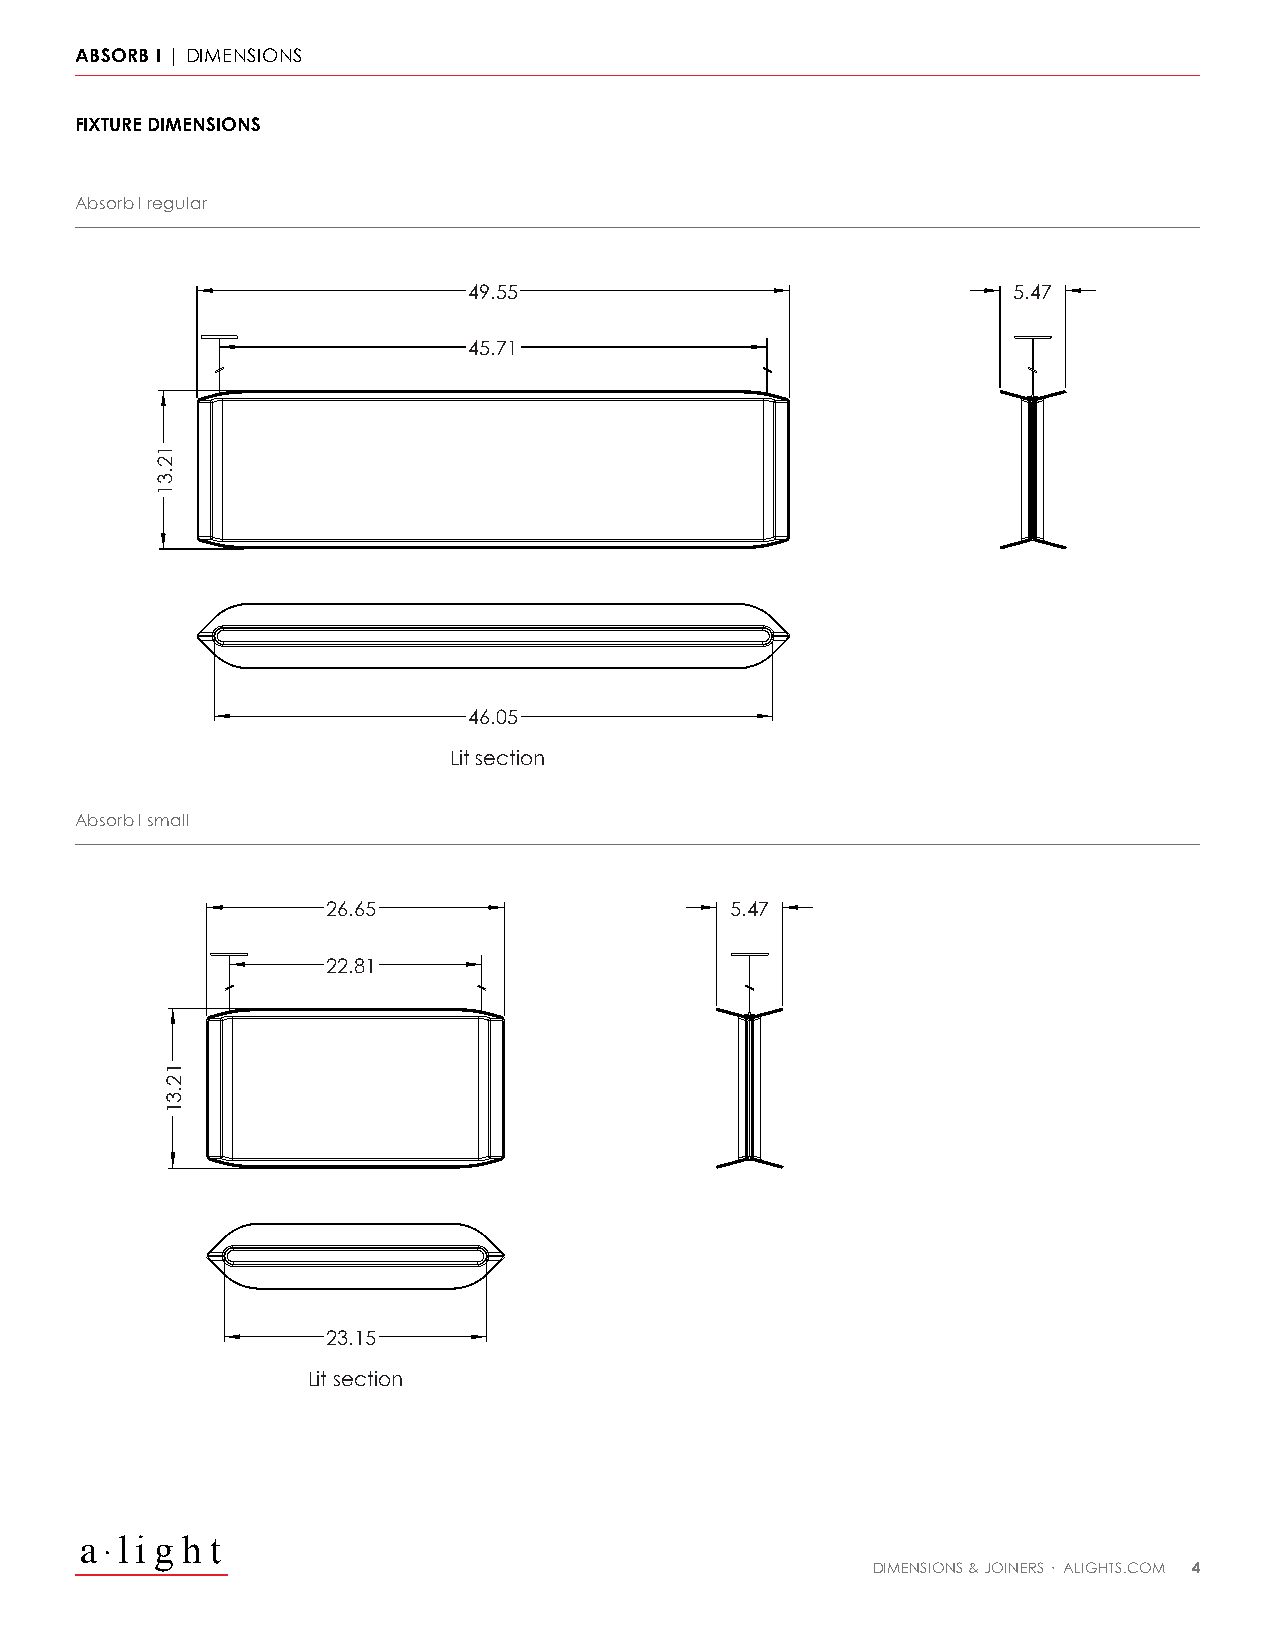
ABSORB I | DIMENSIONS
 FIXTURE DIMENSIONS
 Absorb I regular
 49.55                               5.47
 45.71
 46.05
 Lit section
 Absorb I small
 26.65                     5.47
 22.81
 23.15
 Lit section
 l i g h t
 DIMENSIONS & JOINERS · ALIGHTS.COM 4
 12.31
 12.31